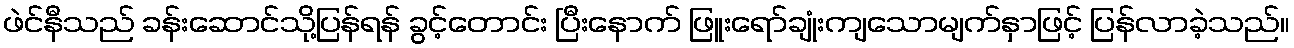
ဖဲင်နီသည် ခန်းဆောင်သို့ပြန်ရန် ခွင့်တောင်း ပြီးနောက် ဖြူးရော်ချုံးကျသောမျက်နှာဖြင့် ပြန်လာခဲ့သည်။